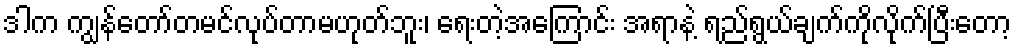
ဒါက ကျွန်တော်တမင်လုပ်တာမဟုတ်ဘူး၊ ရေးတဲ့အကြောင်း အရာနဲ့ ရည်ရွယ်ချက်ကိုလိုက်ပြီးတော့